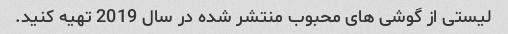
لیستی از گوشی های محبوب منتشر شده در سال 2019 تهیه کنید.